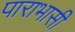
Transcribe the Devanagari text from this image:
पाराभासी